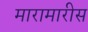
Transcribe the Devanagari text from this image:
मारामारीस